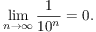
\operatorname* { l i m } _ { n \rightarrow \infty } { \frac { 1 } { 1 0 ^ { n } } } = 0 .